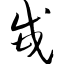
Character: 甙